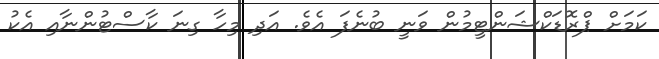
ކަމަށް ޕްރޮޑަކްޝަންޓީމުން ވަނީ ބުނެފަ އެވެ. އަދި މިހާ ގިނަ ކާސްޓުންނާއި އެކު